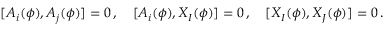
[ A _ { i } ( \phi ) , A _ { j } ( \phi ) ] = 0 \, , \quad [ A _ { i } ( \phi ) , X _ { I } ( \phi ) ] = 0 \, , \quad [ X _ { I } ( \phi ) , X _ { J } ( \phi ) ] = 0 \, .